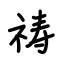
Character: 祷